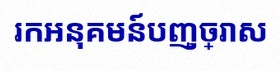
រកអនុគមន៍បញ្ច្រាស